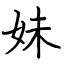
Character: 妹